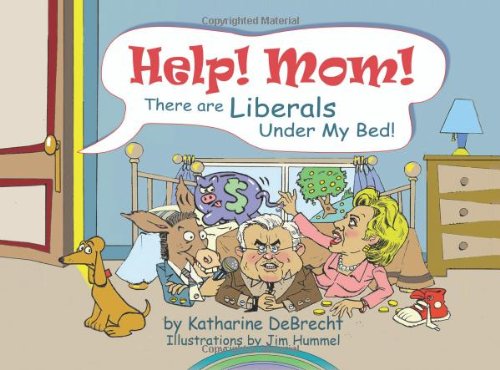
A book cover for Help! Mom! There Are Liberals Under My Bed!; Katharine DeBrecht; Humor & Entertainment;